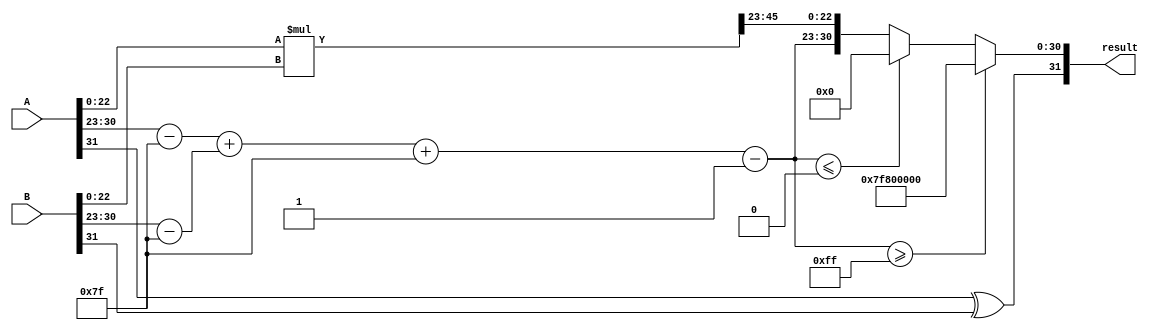
module FloatingPointWallaceTreeMultiplier (
    input wire [31:0] A, // 32-bit floating-point input A
    input wire [31:0] B, // 32-bit floating-point input B
    output reg [31:0] result // 32-bit floating-point output result
);

    // Constants
    localparam EXPONENT_BIAS = 127;
    localparam MANTISSA_BITS = 23;

    // Intermediate signals
    wire sign_a, sign_b, sign_result;
    wire [7:0] exponent_a, exponent_b, exponent_result;
    wire [22:0] mantissa_a, mantissa_b, mantissa_result;
    
    wire [47:0] mantissa_product; // 23 + 23 bits for the product
    wire [8:0] exp_a_bias, exp_b_bias; // Exponent with bias
    wire [8:0] exp_sum; // Sum of biased exponents

    // Extract sign, exponent, and mantissa
    assign sign_a = A[31];
    assign exponent_a = A[30:23];
    assign mantissa_a = {1'b1, A[22:0]}; // Implicit leading one

    assign sign_b = B[31];
    assign exponent_b = B[30:23];
    assign mantissa_b = {1'b1, B[22:0]}; // Implicit leading one

    // Calculate biased exponents
    assign exp_a_bias = exponent_a - EXPONENT_BIAS;
    assign exp_b_bias = exponent_b - EXPONENT_BIAS;

    // Combine exponents
    assign exp_sum = exp_a_bias + exp_b_bias;

    // Multiply mantissas
    assign mantissa_product = mantissa_a * mantissa_b;

    // Determine resulting sign
    assign sign_result = sign_a ^ sign_b;

    // Normalize the result
    always @(*) begin
        if (mantissa_product[47]) begin
            // No shift needed
            exponent_result = exp_sum + EXPONENT_BIAS;
            mantissa_result = mantissa_product[46:24]; // Keep 23 bits
        end else begin
            // Shift right
            exponent_result = exp_sum + EXPONENT_BIAS - 1;
            mantissa_result = mantissa_product[45:23]; // Keep 23 bits
        end

        // Handle exponent overflow and underflow
        if (exponent_result >= 255) begin
            // Set to infinity
            result = {sign_result, 8'b11111111, 23'b0};
        end else if (exponent_result <= 0) begin
            // Set to zero or denormals
            result = {sign_result, 8'b0, 23'b0};
        end else begin
            // Normalized result
            result = {sign_result, exponent_result[7:0], mantissa_result};
        end
    end
endmodule